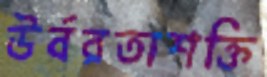
উর্বরতাশক্তি